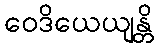
ဝေဒိယေယျန္တိ